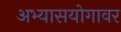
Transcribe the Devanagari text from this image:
अभ्यासयोगावर